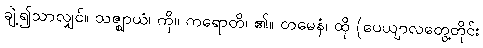
ချဲ့၍သာလျှင်။ သဇ္ဈာယံ၊ ကို။ ကရောတိ၊ ၏။ တမေနံ၊ ထို (ပေယျာလတွေ့တိုင်း